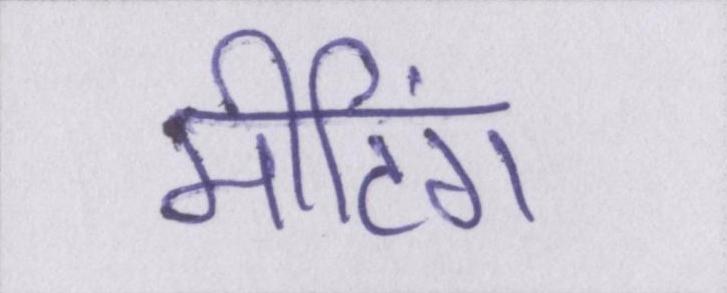
मीटिंग